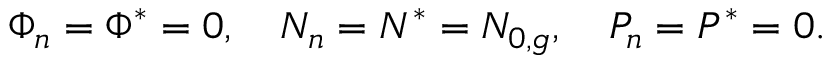
\Phi _ { n } = \Phi ^ { * } = 0 , \ \ \ N _ { n } = N ^ { * } = N _ { 0 , g } , \ \ \ P _ { n } = P ^ { * } = 0 .